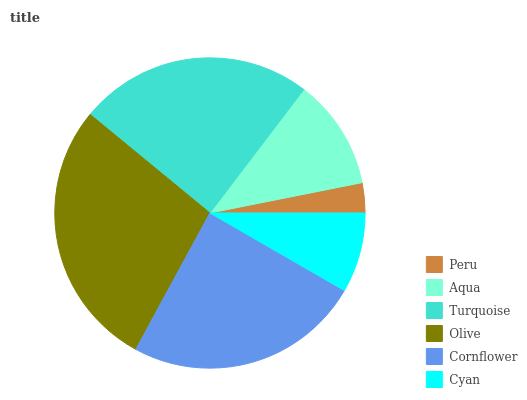
| Peru | Aqua | Turquoise | Olive | Cornflower | Cyan |
 | --- | --- | --- | --- | --- | --- |
 | 3.13% | 11.5% | 24.3% | 28% | 24.7% | 8.32% |